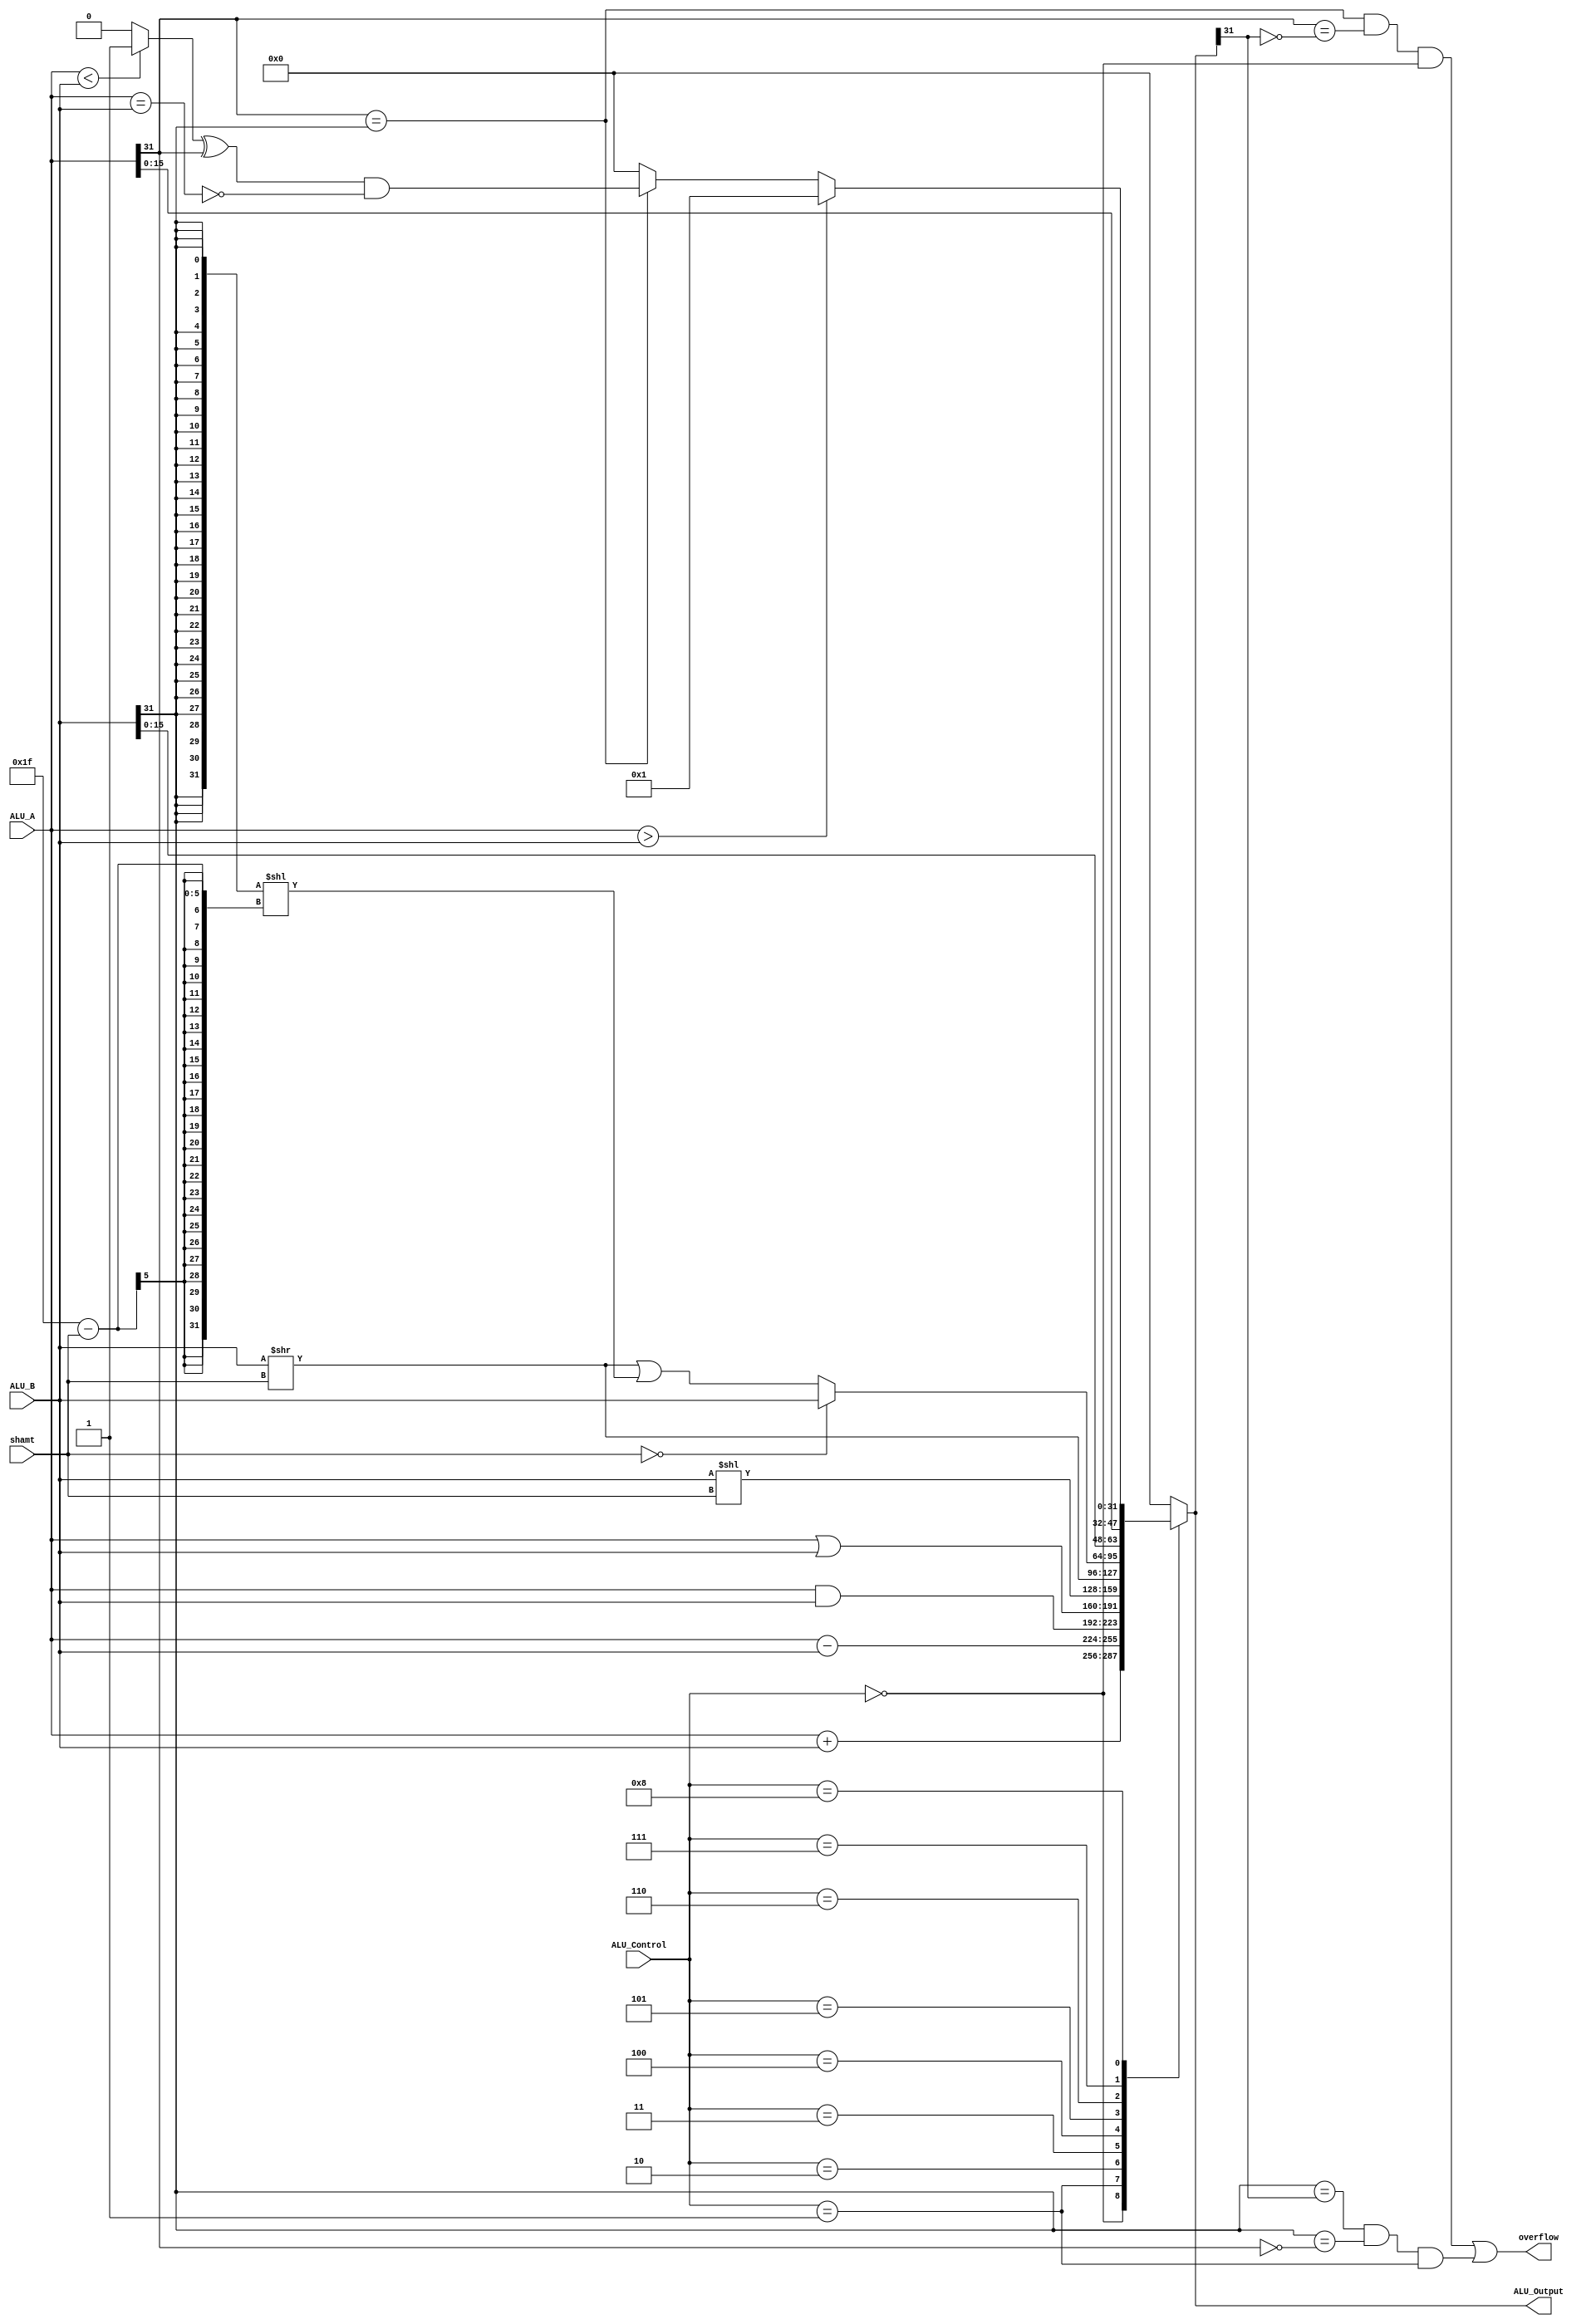
`timescale 1ns / 1ps
//////////////////////////////////////////////////////////////////////////////////
// Company: 
// Engineer: 
// 
// Design Name: 
// Module Name:    ALU 
// Project Name: 
// Target Devices: 
// Tool versions: 
// Description: 
//
// Dependencies: 
//
// Revision: 
// Revision 0.01 - File Created
// Additional Comments: 
//
//////////////////////////////////////////////////////////////////////////////////
module ALU(
	input [31:0] ALU_A,
	input [31:0] ALU_B,
	input [3:0] ALU_Control,
	input [4:0] shamt,
	output reg [31:0] ALU_Output,
	output reg overflow
    );
	
	reg overflow_add, overflow_sub;
	
	always@(ALU_A or ALU_B or ALU_Control) begin	
		case(ALU_Control)
			4'b0000: ALU_Output = ALU_A + ALU_B;				// ADD	
			4'b0001: ALU_Output = ALU_A - ALU_B;				// SUB
			4'b0010: ALU_Output = ALU_A & ALU_B;				// AND
			4'b0011: ALU_Output = ALU_A | ALU_B;				// OR
			4'b0100: ALU_Output = ALU_B << shamt;				// SLL
			4'b0101: ALU_Output = ALU_B >> shamt;				// SRL
			4'b0110: begin										// SRA
				if(shamt == 0) begin
					ALU_Output = ALU_B;
				end else begin
					ALU_Output = (ALU_B >> shamt) | ({32{ALU_B[31]}} << (31 - shamt));
				end
			end
			4'b0111: ALU_Output = {ALU_B[15:0], ALU_A[15:0]};	// LUI
			4'b1000: begin
				if(ALU_A > ALU_B) begin
					ALU_Output = 1;
				end else begin
					if(ALU_A[31] == ALU_B[31]) begin
						ALU_Output = (((ALU_A < ALU_B) ? 1 : 0) ^ ALU_A[31]) & ~(ALU_A == ALU_B);
					end else begin
						ALU_Output = 0;
					end
				end
			end
			default: ALU_Output = 0;
		endcase
		overflow_add = (ALU_A[31] == ALU_B[31]) & (ALU_A[31] == ~ALU_Output[31]) & (ALU_Control == 4'b0);
		overflow_sub = (ALU_B[31] == ALU_Output[31]) & (ALU_B[31] == ~ALU_A[31]) & (ALU_Control == 4'b1);
		overflow = overflow_add | overflow_sub;
	end

endmodule